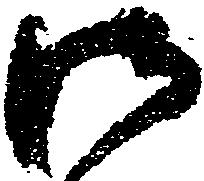
御